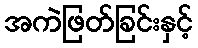
အကဲဖြတ်ခြင်းနှင့်